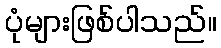
ပုံများဖြစ်ပါသည်။